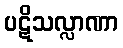
ပဋိသလ္လာဏာ